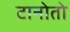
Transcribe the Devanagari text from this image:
टानोतो